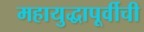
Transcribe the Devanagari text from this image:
महायुद्धापूर्वीची